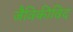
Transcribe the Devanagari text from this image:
जैविकीविद